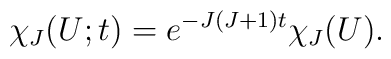
\chi _{J}(U;t) = e^{-J(J+1)t} \chi _J(U).